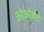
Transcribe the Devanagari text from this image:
ओओलेद